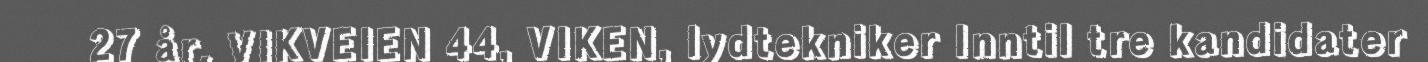
27 år, VIKVEIEN 44, VIKEN, lydtekniker Inntil tre kandidater